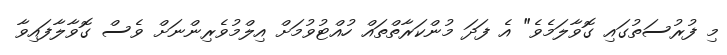
މި ފުރުސަތުގައި ގޮވާލަމެވެ" އެ ފަދަ މުންކަރާތްތައް ހުއްޓުވުމަށް އިލްމުވެރިންނަށް ވެސް ގޮވާލާފައިވާ